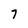
Character: 7